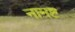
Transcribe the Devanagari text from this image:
नामष्ट